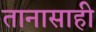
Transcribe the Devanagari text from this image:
तानासाही